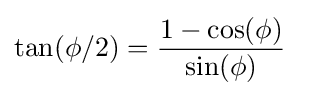
\tan(\phi /2)={\frac {1-\cos(\phi )}{\sin(\phi )}}\